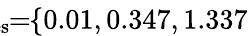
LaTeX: \! \! \! \! \! \! \! \overline{{\lambda}}_{\mathrm{{res}}}\! \! =\! \! \{ 0.01,0.347,1.337\} \! \! \!